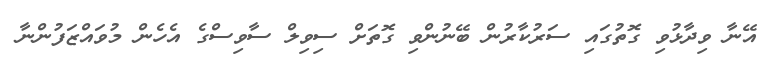
އޭނާ ވިދާޅުވި ގޮތުގައި ސަރުކާރުން ބޭނުންވި ގޮތަށް ސިވިލް ސާވިސްގެ އެހެން މުވައްޒަފުންނާ